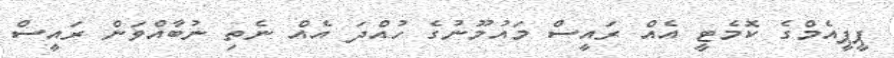
ޕީޕީއެމްގެ ކޮމެޓީ އެއް ރައީސް މައުމޫނުގެ ހުއްދަ އެއް ނެތި ނުބާއްވަން ރައީސް